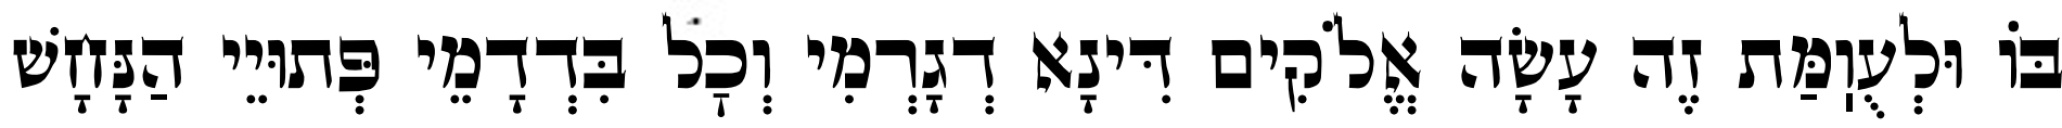
בּוֹ וּלְעֻוֽמַּת זֶה עָשָׂה אֱלֹקִים דִּינָא דְגָרְמִי וְכׇל בִּדְדָמֵי פְּתוּיֵי הַנָּחָשׁ